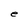
Character: e